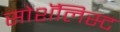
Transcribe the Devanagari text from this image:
सोशॅलिस्ट